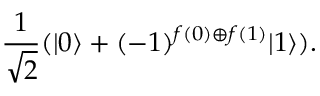
{ \frac { 1 } { \sqrt { 2 } } } ( | 0 \rangle + ( - 1 ) ^ { f ( 0 ) \oplus f ( 1 ) } | 1 \rangle ) .